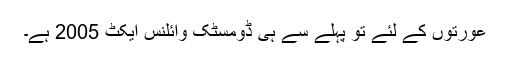
عورتوں کے لئے تو پہلے سے ہی ڈومسٹک وائلنس ایکٹ 2005 ہے۔